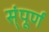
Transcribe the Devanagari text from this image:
स्ंपूर्ण